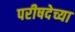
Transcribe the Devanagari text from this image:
परीषदेच्या